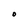
Character: O